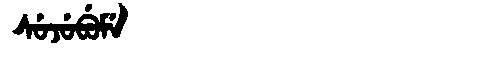
Manchu: ᠰᡠᠵᡠᠪᡠᠮᡝ
Romanization: SUJUBUME